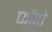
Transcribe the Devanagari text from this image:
फोंदो